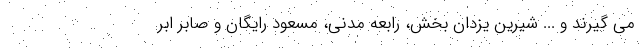
می گیرند و ... شیرین یزدان بخش، رابعه مدنی، مسعود رایگان و صابر ابر